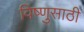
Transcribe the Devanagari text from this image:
विष्णुसाठी